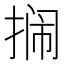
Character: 𫽔